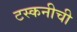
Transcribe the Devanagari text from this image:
टस्कनीची